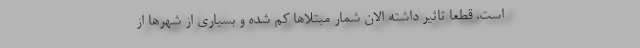
است. قطعا تاثیر داشته الان شمار مبتلاها کم شده و بسیاری از شهرها از